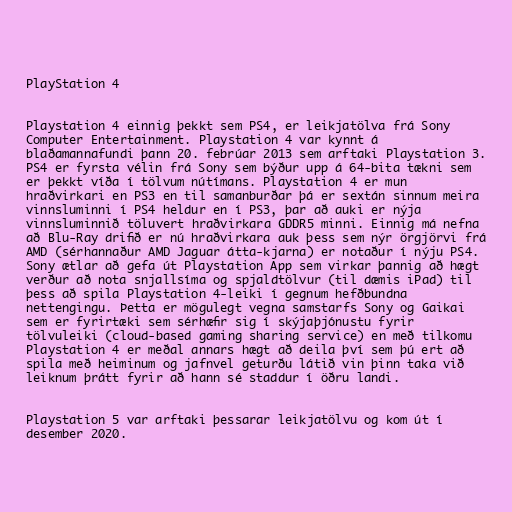
PlayStation 4

Playstation 4 einnig þekkt sem PS4, er leikjatölva frá Sony
Computer Entertainment. Playstation 4 var kynnt á
blaðamannafundi þann 20. febrúar 2013 sem arftaki Playstation 3.
PS4 er fyrsta vélin frá Sony sem býður upp á 64-bita tækni sem
er þekkt víða í tölvum nútímans. Playstation 4 er mun
hraðvirkari en PS3 en til samanburðar þá er sextán sinnum meira
vinnsluminni í PS4 heldur en í PS3, þar að auki er nýja
vinnsluminnið töluvert hraðvirkara GDDR5 minni. Einnig má nefna
að Blu-Ray drifið er nú hraðvirkara auk þess sem nýr örgjörvi frá
AMD (sérhannaður AMD Jaguar átta-kjarna) er notaður í nýju PS4.
Sony ætlar að gefa út Playstation App sem virkar þannig að hægt
verður að nota snjallsíma og spjaldtölvur (til dæmis iPad) til
þess að spila Playstation 4-leiki í gegnum hefðbundna
nettengingu. Þetta er mögulegt vegna samstarfs Sony og Gaikai
sem er fyrirtæki sem sérhæfir sig í skýjaþjónustu fyrir
tölvuleiki (cloud-based gaming sharing service) en með tilkomu
Playstation 4 er meðal annars hægt að deila því sem þú ert að
spila með heiminum og jafnvel geturðu látið vin þinn taka við
leiknum þrátt fyrir að hann sé staddur í öðru landi.

Playstation 5 var arftaki þessarar leikjatölvu og kom út í
desember 2020.